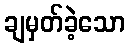
ချမှတ်ခဲ့သော